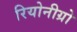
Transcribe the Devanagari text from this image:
रियोनीग्रो